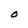
Character: O